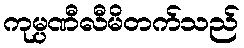
ကုမ္ပဏီလီမိတက်သည်